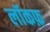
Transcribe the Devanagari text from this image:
लॉकफ़